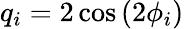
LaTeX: q_{i}=2\cos{(2\phi_{i})}